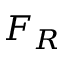
F _ { R }